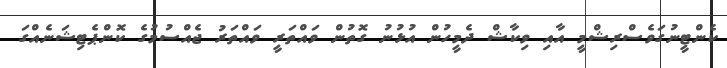
ކެންޓީނުގަވެސްރިޝްމީ އާއި ވިކާޝް ދެމީހުން އުޅުނު ގޮތުން ވައްތަރީ ވައްތަރު ޖެއްސުމުގެ ކޮންޕެޓިޝަނެއްގަ